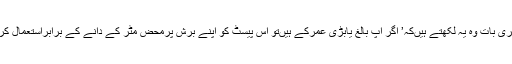
تیسری بات وہ یہ لکھتے ہیںکہ’ اگر آپ بالغ یابڑی عمرکے ہیںتو اس پیسٹ کو اپنے برش پرمحض مٹر کے دانے کے برابراستعمال کریں۔